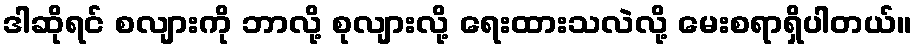
ဒါဆိုရင် စလျားကို ဘာလို့ စုလျားလို့ ရေးထားသလဲလို့ မေးစရာရှိပါတယ်။